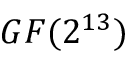
G F ( 2 ^ { 1 3 } )